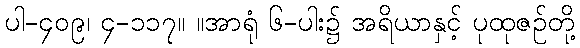
ပါ-၄၀၉၊ ၄-၁၁၇။ ။အာရုံ ၆-ပါး၌ အရိယာနှင့် ပုထုဇဉ်တို့